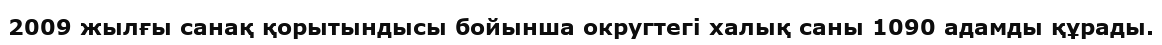
2009 жылғы санақ қорытындысы бойынша округтегі халық саны 1090 адамды құрады.